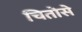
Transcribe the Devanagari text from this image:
चितोसे